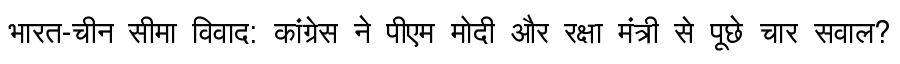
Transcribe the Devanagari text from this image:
भारत-चीन सीमा विवाद: कांग्रेस ने पीएम मोदी और रक्षा मंत्री से पूछे चार सवाल?